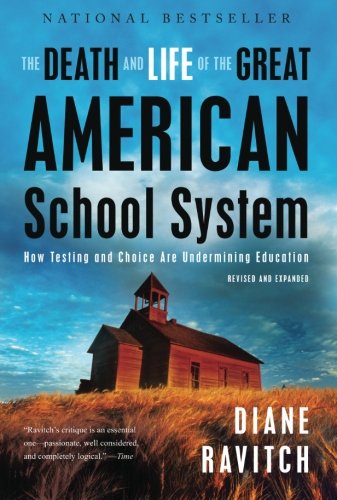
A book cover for The Death and Life of the Great American School System: How Testing and Choice Are Undermining Education; Diane Ravitch; Education & Teaching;